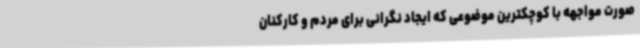
صورت مواجهه با کوچکترین موضوعی که ایجاد نگرانی برای مردم و کارکنان